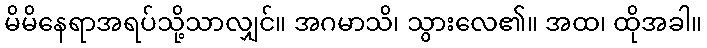
မိမိနေရာအရပ်သို့သာလျှင်။ အဂမာသိ၊ သွားလေ၏။ အထ၊ ထိုအခါ။